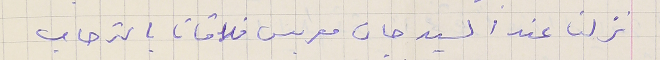
نزلنا عند السيد جان معربس فلاقانا بالترحاب